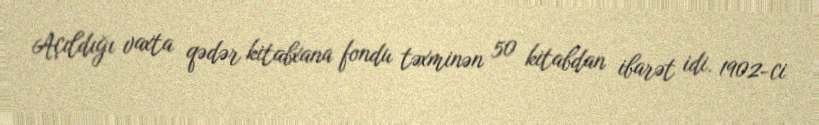
Açıldığı vaxta qədər kitabxana fondu təxminən 50 kitabdan ibarət idi. 1902-ci